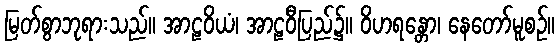
မြတ်စွာဘုရားသည်။ အာဠဝိယံ၊ အာဠဝီပြည်၌။ ဝိဟရန္တော၊ နေတော်မူစဉ်။